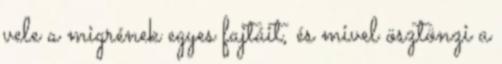
vele a migrének egyes fajtáit, és mivel ösztönzi a